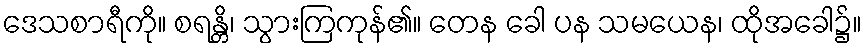
ဒေသစာရီကို။ စရန္တိ၊ သွားကြကုန်၏။ တေန ခေါ ပန သမယေန၊ ထိုအခေါ၌။